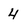
Character: 4